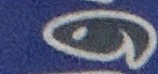
و